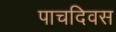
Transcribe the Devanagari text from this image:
पाचदिवस